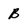
Character: B